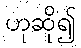
ဟုဆို၍